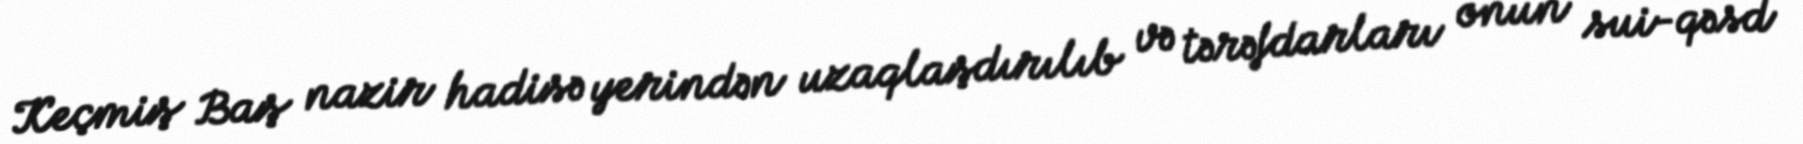
Keçmiş Baş nazir hadisə yerindən uzaqlaşdırılıb və tərəfdarları onun sui-qəsd